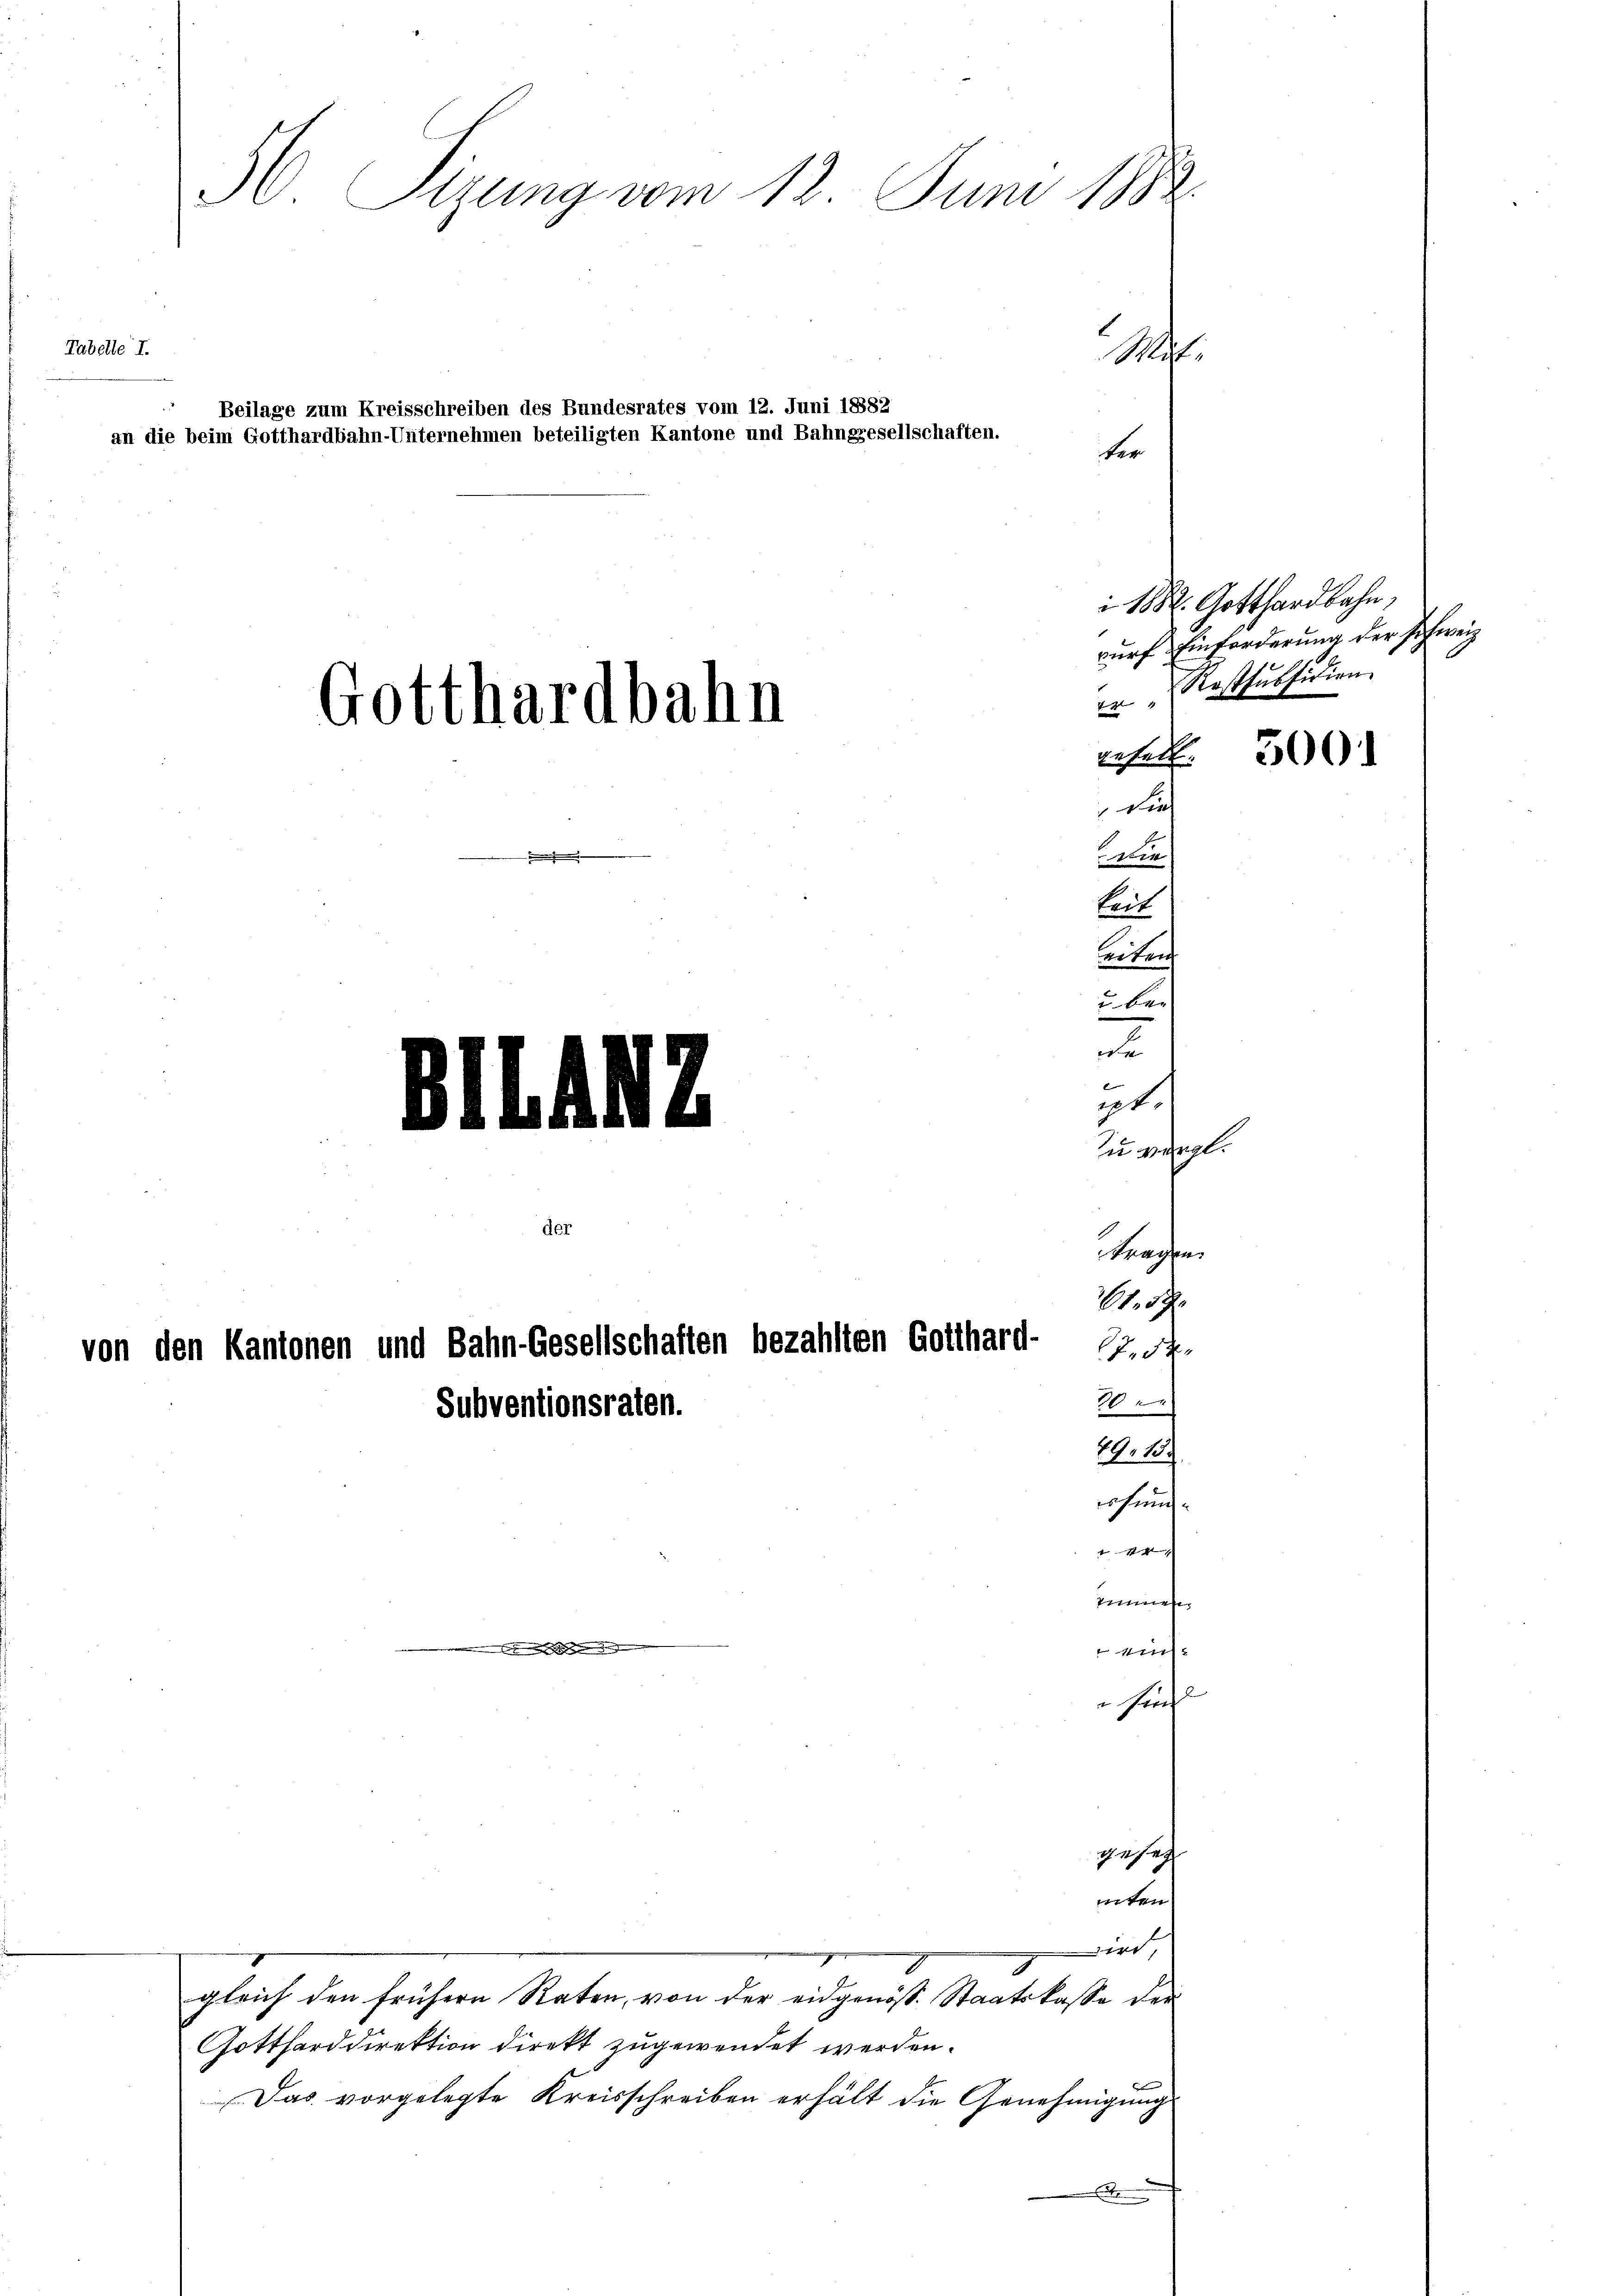
Tabelle I.

Gotthardbahn
eben
keit
eiten
u ber
n
E
ipt.
Br LAI.
zu vergl.
Krapfen.
H. d.
von den Kantonen und Bahn-Gesellschaften bezahlten Gotthard- Prot-
20
Subventionsraten.
29. 15.
rhund
11
Zimmen.
weh¬
Hüf

9 Sizung vom 13. Juni 1882
Mit.
Beilage zum Kreisschreiben des Bundesrates vom 12. Juni 18882
an die beim Gotthardbahn-Unternehmen beteiligten Kantone und Bahngesellschaften.
ter

gleich den frühern Raten, von der eidgenöss. Staatskasse der

1882. Gotthardbahn,
wurf Einforderung der schweiz
r Rostsubsidien
rehel

durch

wird,

he
niten

Gottharddirektion direkt zugewendet werden.
Das vorgelegte Kreisschreiben erhält die Genehmigungs
x